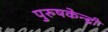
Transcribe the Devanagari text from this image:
पुरुषकेन्द्री